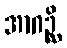
အာဂဉ္ဆိ